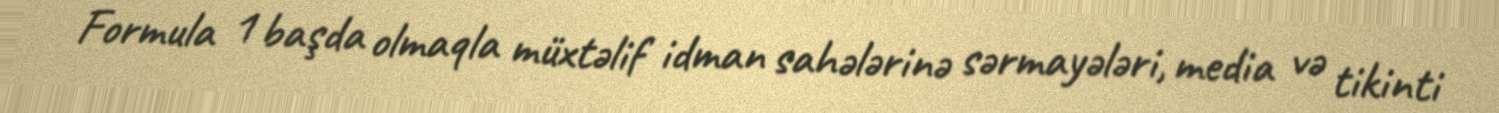
Formula 1 başda olmaqla müxtəlif idman sahələrinə sərmayələri, media və tikinti